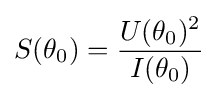
S(\theta _{0})={\frac {U(\theta _{0})^{2}}{I(\theta _{0})}}